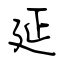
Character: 延